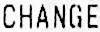
CHANGE